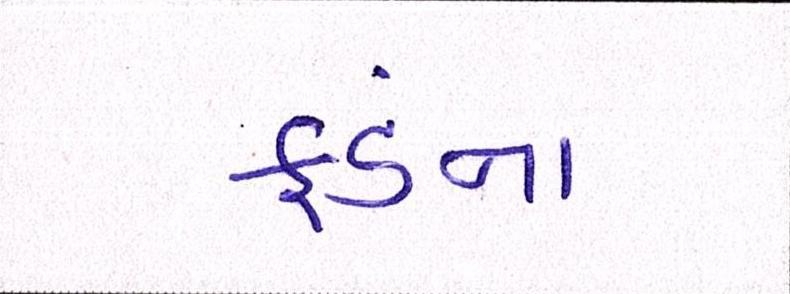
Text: ફંડના